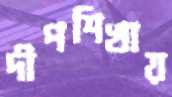
দীপশিখায়